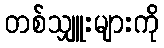
တစ်သျှူးများကို